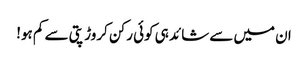
ان میں سے شائد ہی کوئی رکن کروڑ پتی سے کم ہو!